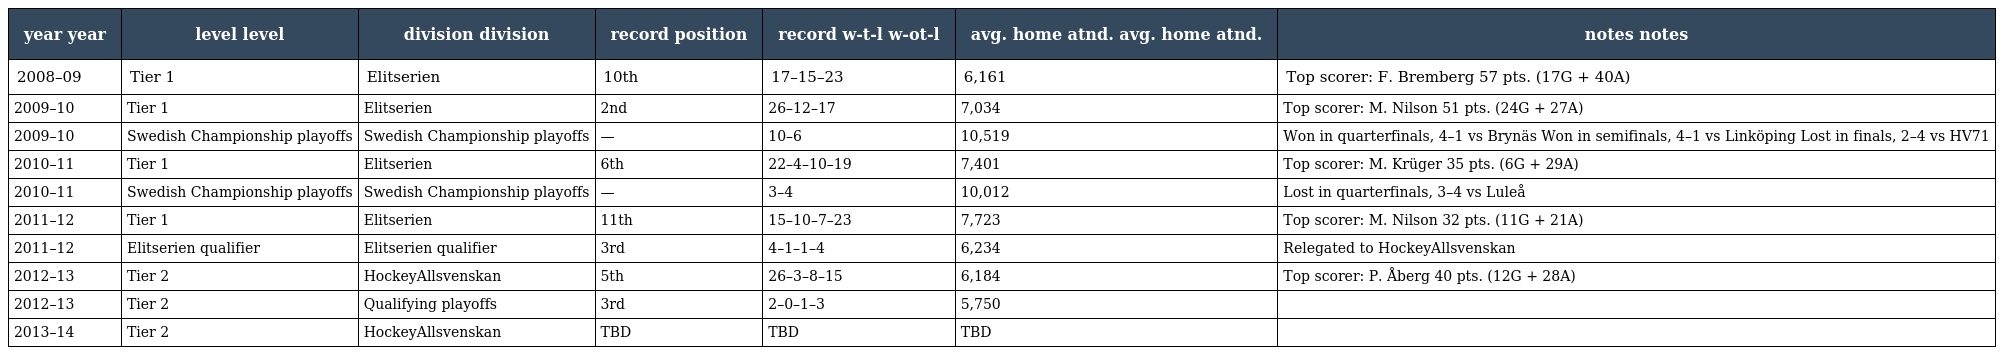
| year year | level level | division division | record position | record w-t-l w-ot-l | avg. home atnd. avg. home atnd. | notes notes |
 | --- | --- | --- | --- | --- | --- | --- |
 | 2008–09 | Tier 1 | Elitserien | 10th | 17–15–23 | 6,161 | Top scorer: F. Bremberg 57 pts. (17G + 40A) |
 | 2009–10 | Tier 1 | Elitserien | 2nd | 26–12–17 | 7,034 | Top scorer: M. Nilson 51 pts. (24G + 27A) |
 | 2009–10 | Swedish Championship playoffs | Swedish Championship playoffs | — | 10–6 | 10,519 | Won in quarterfinals, 4–1 vs Brynäs Won in semifinals, 4–1 vs Linköping Lost in finals, 2–4 vs HV71 |
 | 2010–11 | Tier 1 | Elitserien | 6th | 22–4–10–19 | 7,401 | Top scorer: M. Krüger 35 pts. (6G + 29A) |
 | 2010–11 | Swedish Championship playoffs | Swedish Championship playoffs | — | 3–4 | 10,012 | Lost in quarterfinals, 3–4 vs Luleå |
 | 2011–12 | Tier 1 | Elitserien | 11th | 15–10–7–23 | 7,723 | Top scorer: M. Nilson 32 pts. (11G + 21A) |
 | 2011–12 | Elitserien qualifier | Elitserien qualifier | 3rd | 4–1–1–4 | 6,234 | Relegated to HockeyAllsvenskan |
 | 2012–13 | Tier 2 | HockeyAllsvenskan | 5th | 26–3–8–15 | 6,184 | Top scorer: P. Åberg 40 pts. (12G + 28A) |
 | 2012–13 | Tier 2 | Qualifying playoffs | 3rd | 2–0–1–3 | 5,750 |  |
 | 2013–14 | Tier 2 | HockeyAllsvenskan | TBD | TBD | TBD |  |